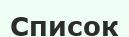
Список